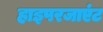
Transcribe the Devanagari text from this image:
हाइपरजाएंट